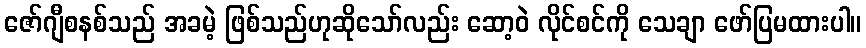
ဇော်ဂျီစနစ်သည် အခမဲ့ ဖြစ်သည်ဟုဆိုသော်လည်း ဆော့ဝဲ လိုင်စင်ကို သေချာ ဖော်ပြမထားပါ။